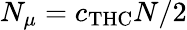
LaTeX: N_{\mu}=c_{\mathrm{THC}}N/2